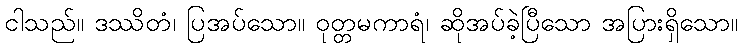
ငါသည်။ ဒဿိတံ၊ ပြအပ်သော။ ဝုတ္တမကာရံ၊ ဆိုအပ်ခဲ့ပြီသော အပြားရှိသော။